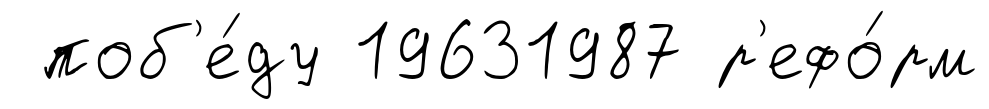
поб'е́ду 19631987 р'ефо́рм